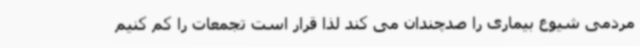
مردمی شیوع بیماری را صدچندان می کند لذا قرار است تجمعات را کم کنیم